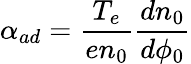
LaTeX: \alpha_{ad}=\frac{T_{e}}{en_{0}}\frac{dn_{0}}{d\phi_{0}}